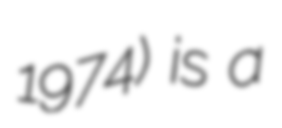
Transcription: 1974) is a